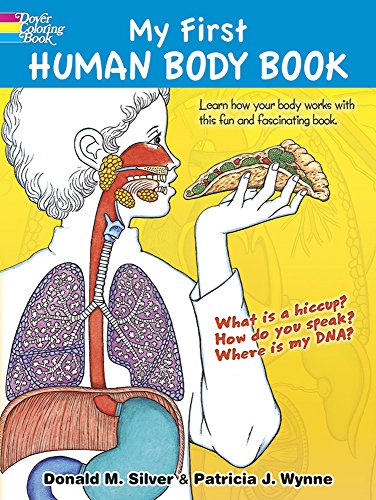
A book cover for My First Human Body Book (Dover Children's Science Books); Patricia J. Wynne; Children's Books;